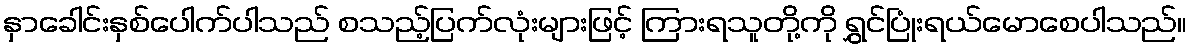
နှာခေါင်းနှစ်ပေါက်ပါသည် စသည့်ပြက်လုံးများဖြင့် ကြားရသူတို့ကို ရွှင်ပြုံးရယ်မောစေပါသည်။